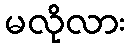
မလိုလား